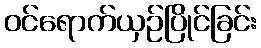
ဝင်ရောက်ယှဉ်ပြိုင်ခြင်း